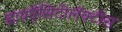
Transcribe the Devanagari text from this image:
डायऍसिटीलॅक्‍टीस